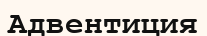
Адвентиция